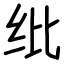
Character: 纰